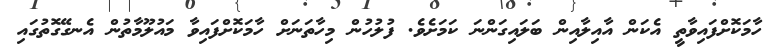
ހާމަކޮށްފައިވާތީ އެކަން އާއިލާއިން ބަލައިގަންނަ ކަމަށެވެ. ފުލުހުން މިހާތަނަށް ހާމަކޮށްފައިވާ މައުލޫމާތުން އެނގޭގޮތުގައި